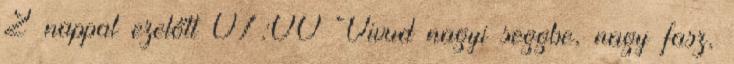
2 nappal ezelőtt 07:00 Vivud nagyi seggbe, nagy fasz,